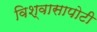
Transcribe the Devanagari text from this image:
विश्वासापोटी